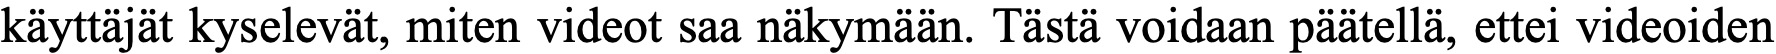
käyttäjät kyselevät, miten videot saa näkymään. Tästä voidaan päätellä, ettei videoiden